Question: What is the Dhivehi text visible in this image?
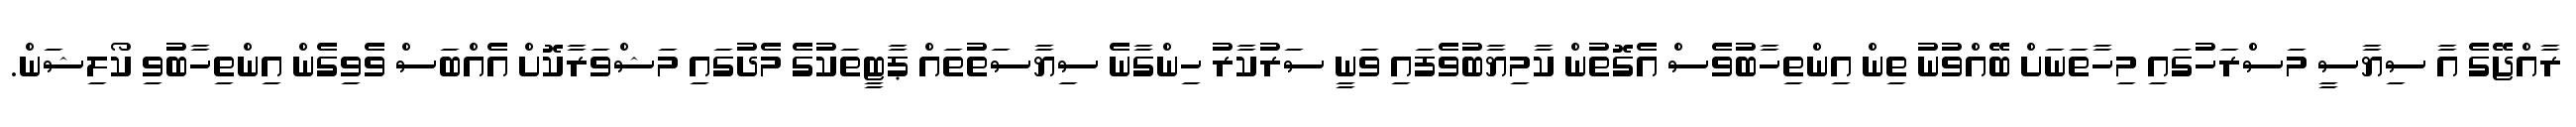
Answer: ރާއްޖޭގެ އާ ސިޔާސީ މަސްރަހުގައި މިހާތަނަށް ބޭއްވުނު ތިން އިންތިހާބުވެސް އެގޮތުން ކާމިޔާބުވެފައި ވަނީ ސަރުކާރު ހިންގާނެ ސިޔާސަތުތައް ޕާޓީތަކުގެ މެދުގައި މަޝްވަރާކޮށް އެއްބަސް ވެވިގެން އިންތިހާބުވި ކޯލިޝަން.